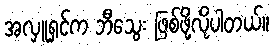
အလှူရှင်က ဘီသွေး ဖြစ်ဖို့လိုပါတယ်။